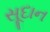
સૂદાન